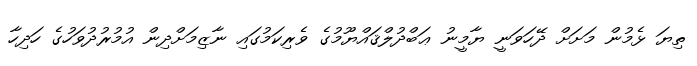
ތިޔަ ޅެމުން މަށަށް ދޭހަވަނީ ޔާމީނު ޢަބްދުލްޤައްޔޫމުގެ ވެރިކަމުގައި ނާޒިމަށްދިން އުމުރުދުވަހުގެ ހަދިހާ